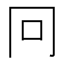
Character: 冋